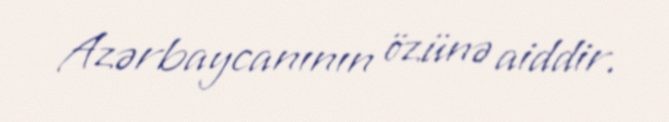
Azərbaycanının özünə aiddir.